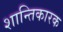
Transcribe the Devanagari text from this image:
शान्तिकारक